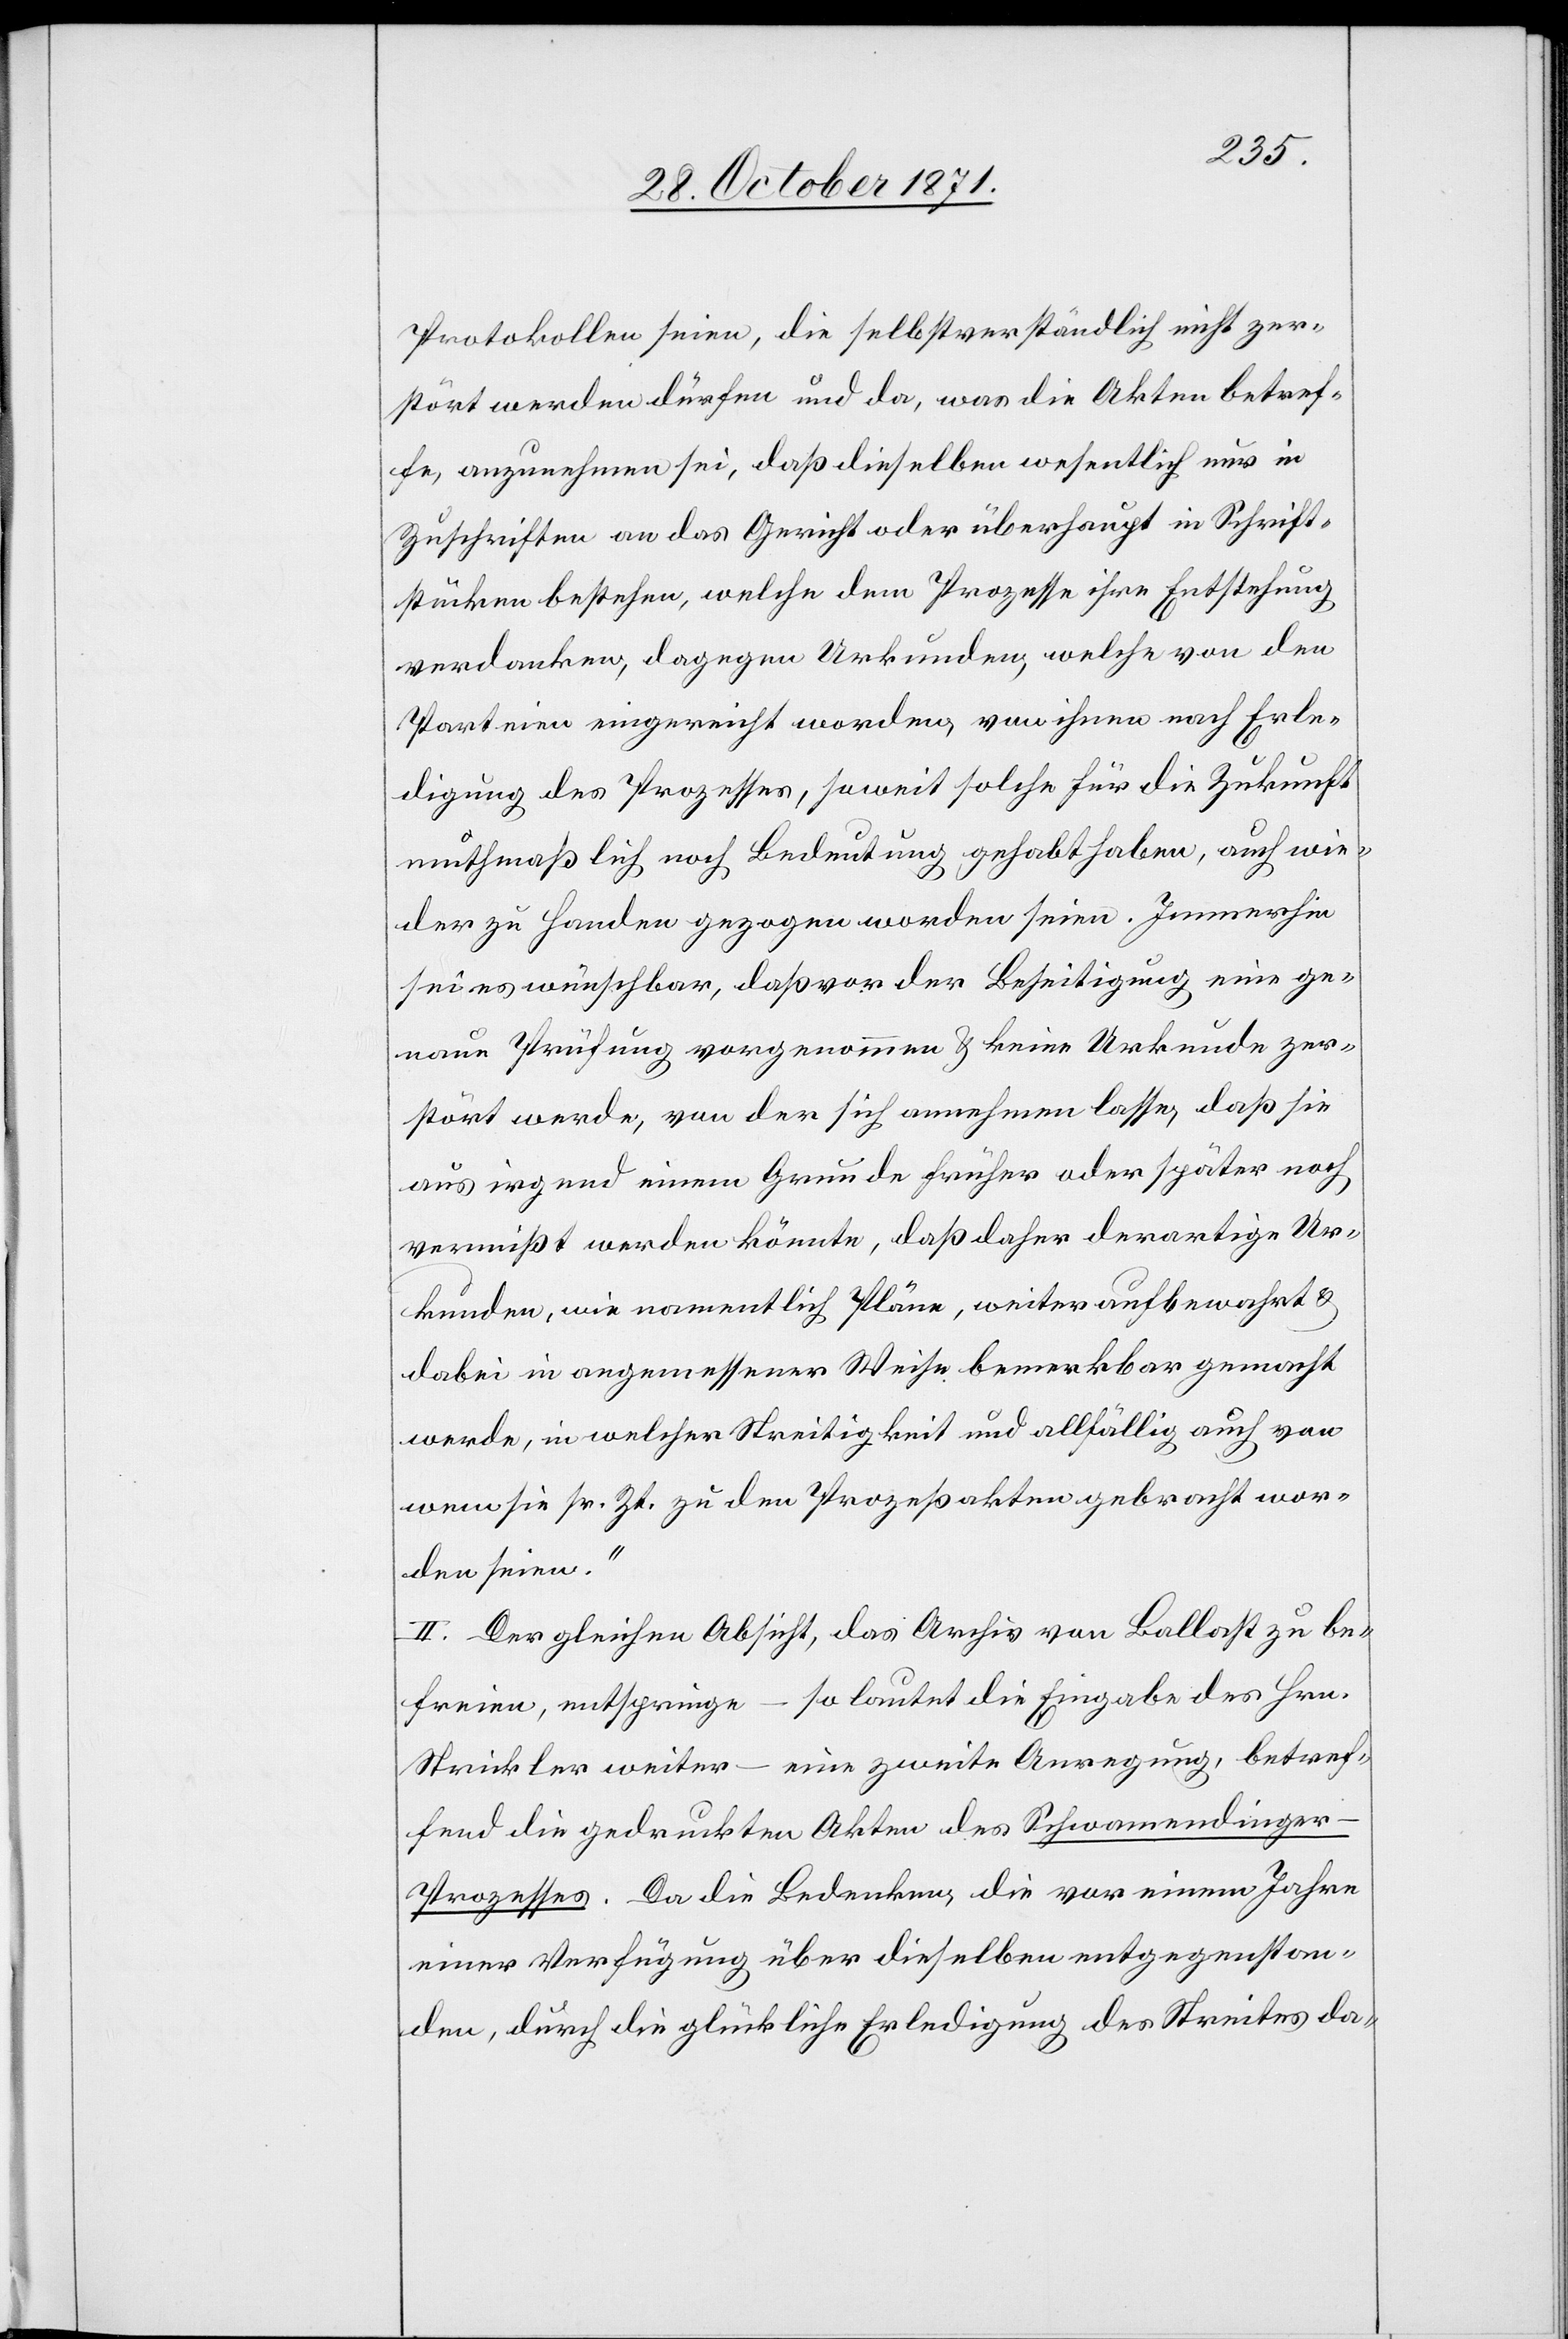
Protokollen seien, die selbstverständlich nicht zer¬
stört werden dürfen und da, was die Akten betref¬
fe, anzunehmen sei, daß dieselben wesentlich nur in
Zuschriften an das Gericht oder überhaupt in Schrift¬
stücken bestehen, welche dem Prozesse ihre Entstehung
verdanken, dagegen Urkunden, welche von den
Parteien eingereicht worden, von ihnen nach Erle¬
digung des Prozesses, soweit solche für die Zukunft
muthmaßlich noch Bedeutung gehabt haben, auch wie¬
der zu Handen gezogen worden seien. Immerhin
sei es wünschbar, daß vor der Beseitigung eine ge¬
naue Prüfung vorgenommen & keine Urkunde zer¬
stört werde, von der sich annehmen lasse, daß sie
aus irgend einem Grunde früher oder später noch
vermisst werden könnte, daß daher derartige Ur¬
kunden, wie namentlich Pläne, weiter aufbewahrt &
dabei in angemessener Weise bemerkbar gemacht
werde, in welcher Streitigkeit und allfällig auch von
wem sie sr. Zt. zu den Prozessakten gebracht wor¬
den seien.“
II. Der gleichen Absicht, das Archiv von Ballast zu be¬
freien, entspringe – so lautet die Eingabe des Hrn.
Strickler weiter – eine zweite Anregung, betref¬
fend die gedruckten Akten des Schwamendinger-P¬
rozesses. Da die Bedenken, die vor einem Jahre
einer Verfügung über dieselben entgegenstan¬
den, durch die glückliche Erledigung des Streites da-